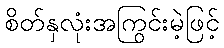
စိတ်နှလုံးအကြွင်းမဲ့ဖြင့်